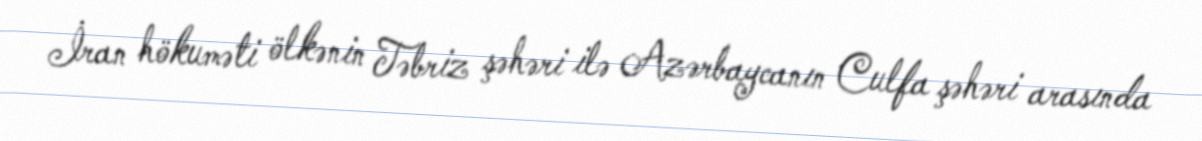
İran hökuməti ölkənin Təbriz şəhəri ilə Azərbaycanın Culfa şəhəri arasında